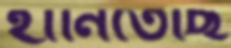
হানিতেছি